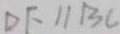
D E / / B C